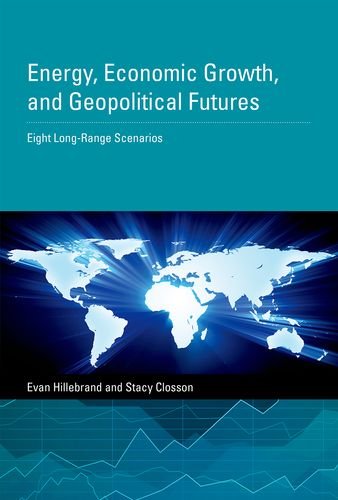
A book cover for Energy, Economic Growth, and Geopolitical Futures: Eight Long-Range Scenarios; Evan Hillebrand; Business & Money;